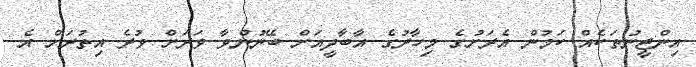
އިންޖީނުތަކެއް ކަމުން އެރަށުގެ މިހާރުގެ އާބާދީއަށް ބޭނުންވާ ވަރަށް ވުރެ އިތުރަށް އެ